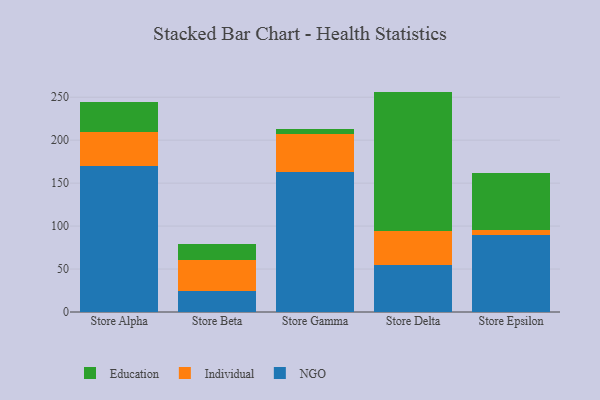
{"axis": {"x": "Store", "y": "Temperature (°C)"}, "legend": ["Education", "Individual", "NGO"], "data": [{"x": "Store Alpha", "y": 170.2, "type": "NGO"}, {"x": "Store Alpha", "y": 39.7, "type": "Individual"}, {"x": "Store Alpha", "y": 34.7, "type": "Education"}, {"x": "Store Beta", "y": 24.6, "type": "NGO"}, {"x": "Store Beta", "y": 35.9, "type": "Individual"}, {"x": "Store Beta", "y": 19.1, "type": "Education"}, {"x": "Store Gamma", "y": 162.6, "type": "NGO"}, {"x": "Store Gamma", "y": 44.0, "type": "Individual"}, {"x": "Store Gamma", "y": 6.9, "type": "Education"}, {"x": "Store Delta", "y": 54.2, "type": "NGO"}, {"x": "Store Delta", "y": 39.9, "type": "Individual"}, {"x": "Store Delta", "y": 162.4, "type": "Education"}, {"x": "Store Epsilon", "y": 90.1, "type": "NGO"}, {"x": "Store Epsilon", "y": 5.7, "type": "Individual"}, {"x": "Store Epsilon", "y": 66.0, "type": "Education"}]}